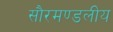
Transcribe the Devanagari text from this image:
सौरमण्डलीय